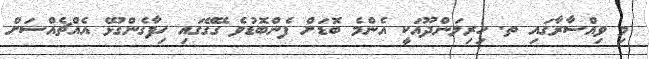
މި ވިއްސާރާގައި ތ. ހިރިލަންދޫއަކީ އެންމެ ބޮޑަށް ފެންބޮޑުވެ ގޭގޭގައި ހިފާގެންގުޅޭ އެއްޗެއްސަށް